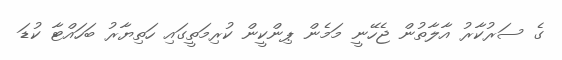
ގެ ސަރުކާރު އާލާތުން ޖެހޭނީ މަމެން ޕިންކީން ކުރިމަތީގައި ހަތިޔާރު ބަހައްޓާ ކުޑަ